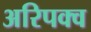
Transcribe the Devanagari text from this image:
अरिपक्व